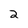
Character: 2